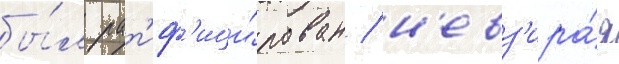
бы́л рат'иф'ици́рован / н'евз'ира́я